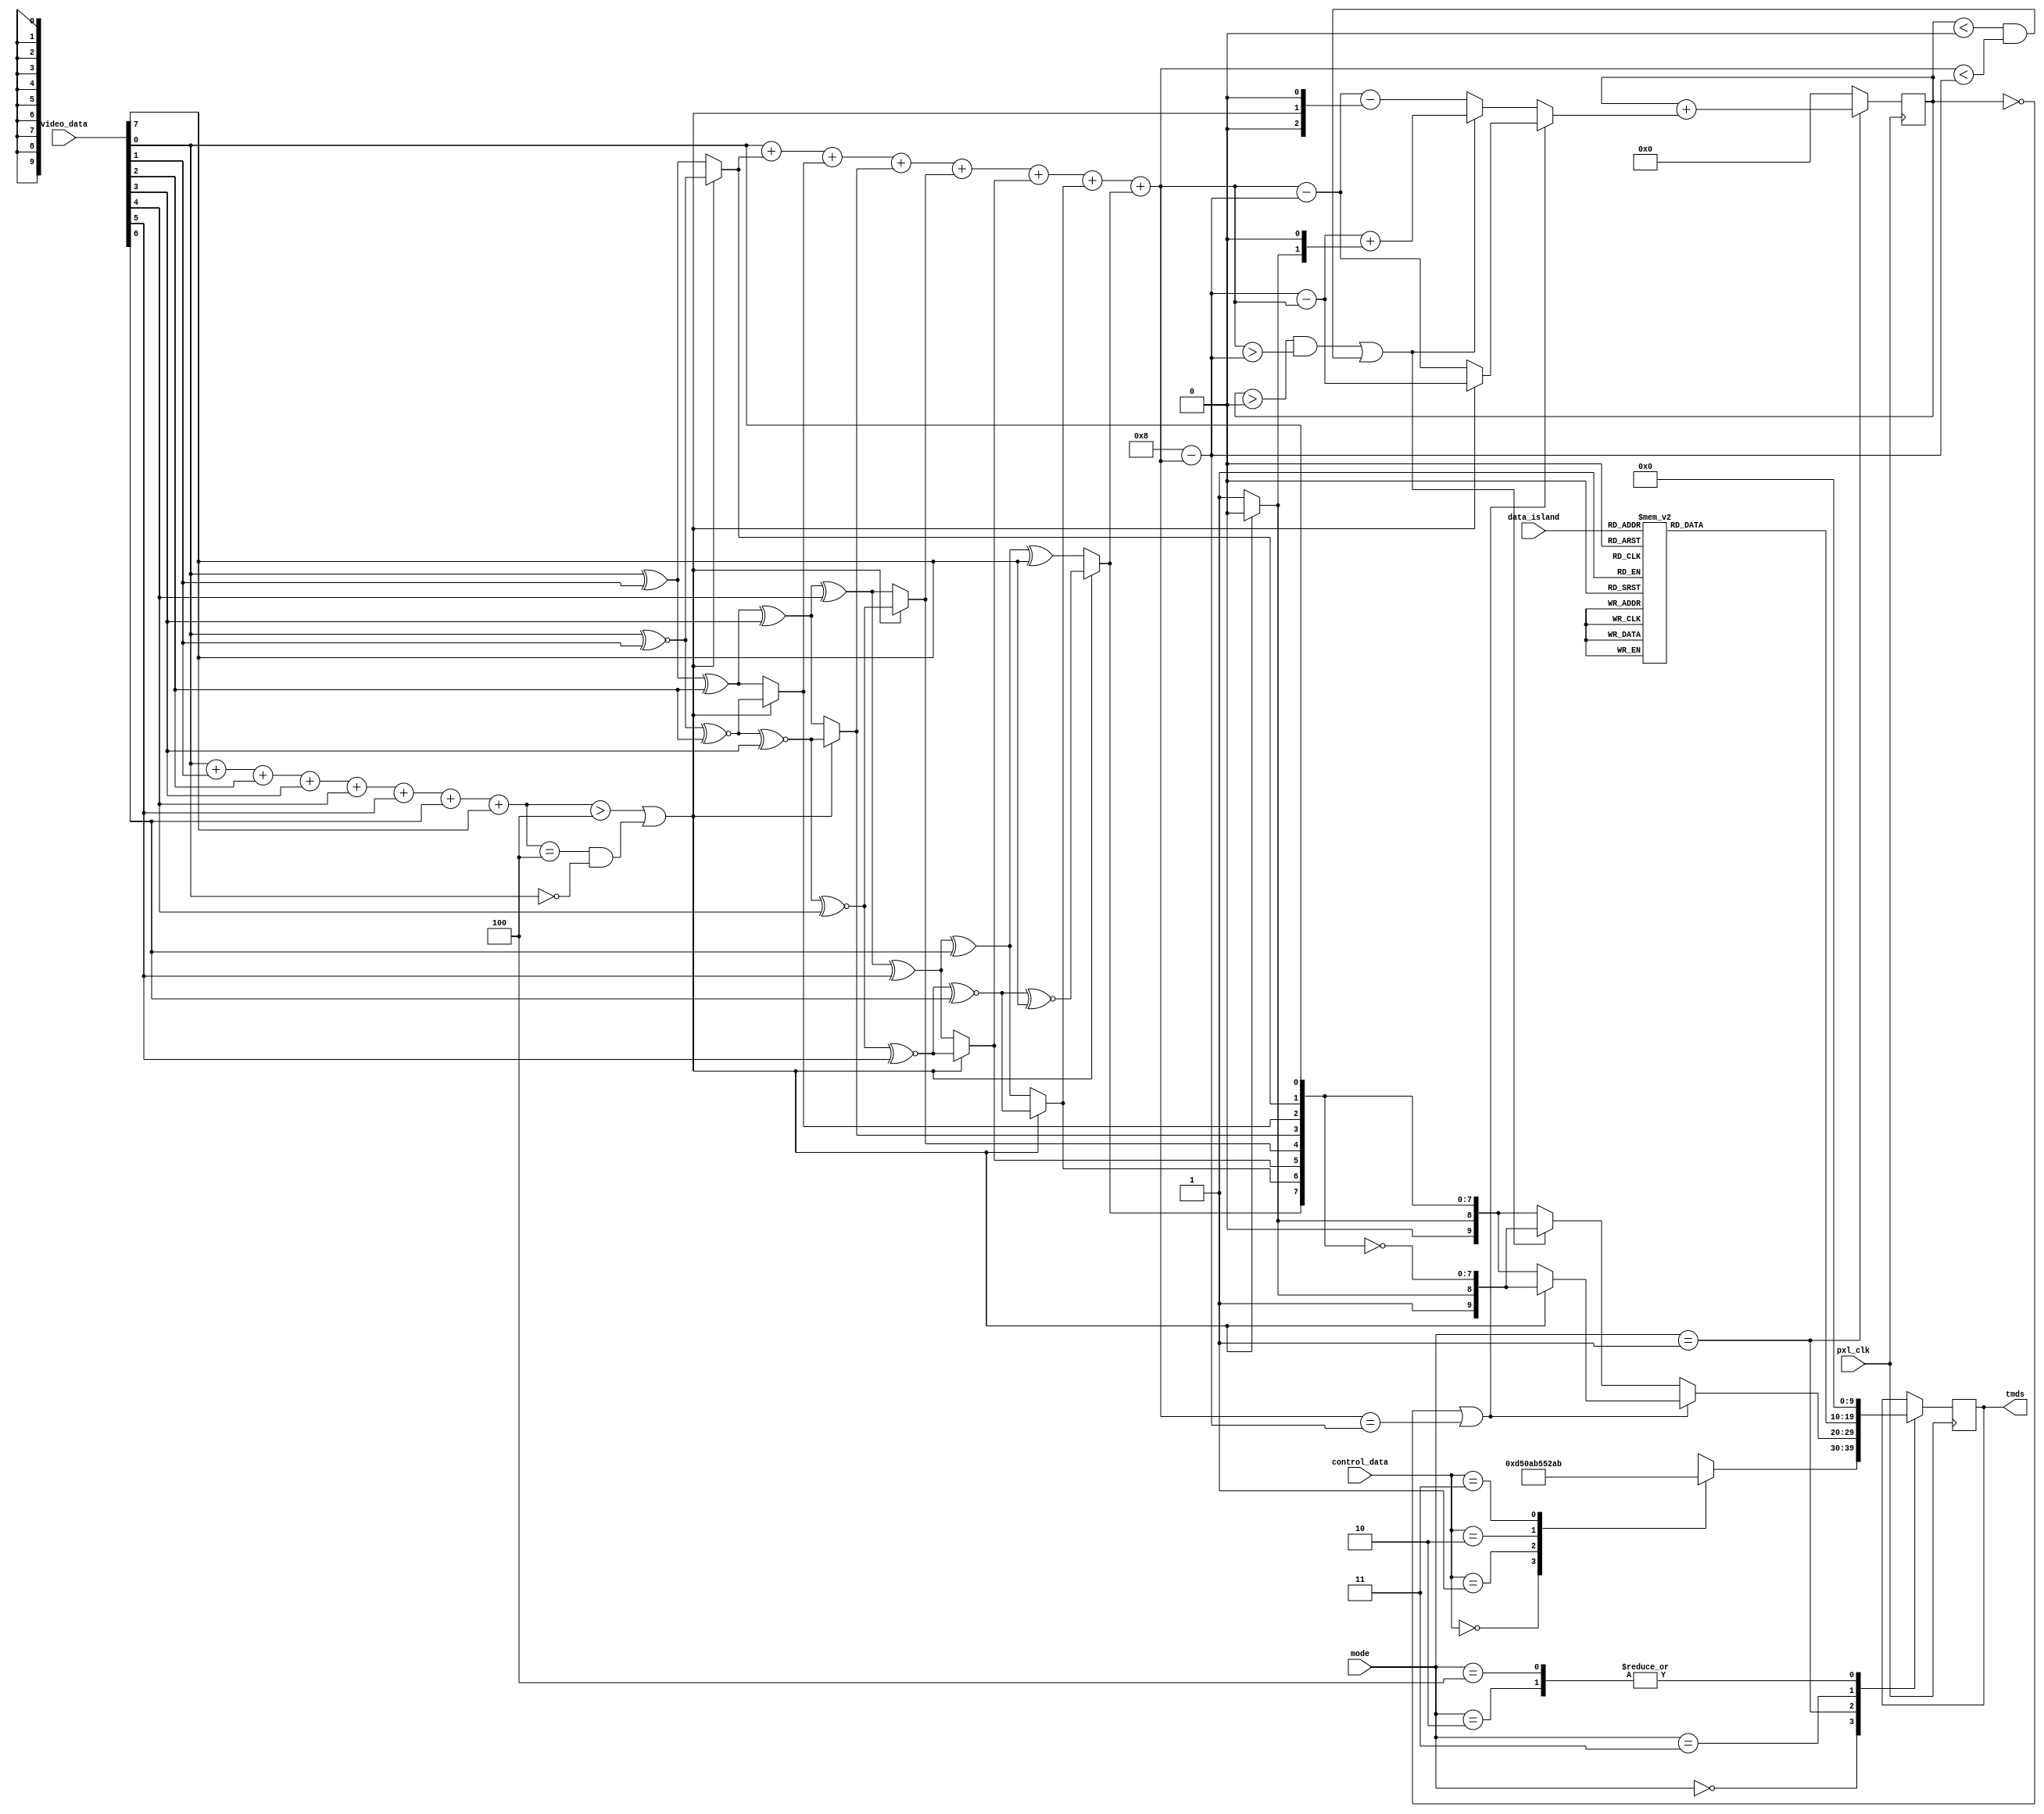
`default_nettype none

module tmds_encoder #(
    parameter CHANNEL =0    //HDMI 1.4a allows 3 types
) (
    input wire pxl_clk,
    input wire [7:0] video_data,
    input wire [3:0] data_island,
    input wire [1:0] control_data,
    input wire [2:0] mode, //0:control,1:video,2:video guard,3:island,4:island guard
    output wire [9:0] tmds
);
//Section 5.4.4.1

reg [8:0] q_m=0;    //9 bit intermediate value
reg [9:0] q_out=10'b1101010100;

wire [9:0] video_coding;
assign video_coding = q_out;

reg [3:0] N1=0;
reg signed [4:0] N1_q=0, N0_q=0;

always@(*)begin
    N1 = video_data[0]+video_data[1]+video_data[2]+video_data[3]+
        video_data[4]+video_data[5]+video_data[6]+video_data[7];
    N1_q = q_m[0]+q_m[1]+q_m[2]+q_m[3]+q_m[4]+q_m[5]+q_m[6]+q_m[7];
    N0_q = 8-N1_q;
end

reg signed [4:0] acc_add=0;
reg signed [4:0] acc=0;

integer i;
reg [1:0] debug=0;
always@(*)begin
    //intermediate encoding
    q_m[0] = video_data[0];
    if(N1 > 4'd4 || (N1==4 & video_data[0]==0))begin
        for(i=0; i<7; i=i+1)begin
            q_m[1+i] = q_m[i] ~^ video_data[i+1];
        end
        q_m[8] = 1'b0;
    end
    else begin
        for(i=0; i<7; i=i+1)begin
            q_m[1+i] = q_m[i] ^ video_data[i+1];
        end
        q_m[8] = 1'b1;
    end
    //second encoding (could be synchronous, and pipeline the other fields too?)
    if(acc==0 |  (N1_q == N0_q))begin
        if(q_m[8])begin
            debug <=0;
            q_out = {~q_m[8], q_m};
            acc_add = N1_q-N0_q;
        end
        else begin
            debug <= 1;
            q_out = {~q_m[8], q_m[8], ~q_m[7:0]};
            acc_add = N0_q-N1_q;
        end
    end
    else begin
        if(acc>0 & (N1_q>N0_q) | (acc<0 & (N1_q <N0_q)))begin
            debug <=2;
            q_out = {1'b1, q_m[8], ~q_m[7:0]};
            acc_add = $signed(N0_q-N1_q)+({3'b0,q_m[8],1'b0});  //thats qm[8]<<1
        end 
        else begin 
            debug <= 3;
            q_out = {1'b0, q_m[8:0]};
            acc_add = $signed(N1_q-N0_q)-$signed({3'd0,~q_m[8],1'b0});
        end
    end
end


always@(posedge pxl_clk)begin
    if(mode==1)
        acc <= $signed(acc)+$signed(acc_add);
    else
        acc <= 0;
end


//section 5.4.2
reg [9:0] control_coding=0;
always@(*)begin
    case(control_data)
        2'b00: control_coding = 10'b1101010100;
        2'b01: control_coding = 10'b0010101011;
        2'b10: control_coding = 10'b0101010100;
        2'b11: control_coding = 10'b1010101011;
        default: control_coding = 10'b1101010100; 
    endcase
end

//section 5.4.3, could be replaced by an lfsr...    
reg [9:0] terc4_coding=0;
always@(*)begin
    case(data_island)
        4'b0000 : terc4_coding = 10'b1010011100;
        4'b0001 : terc4_coding = 10'b1001100011;
        4'b0010 : terc4_coding = 10'b1011100100;
        4'b0011 : terc4_coding = 10'b1011100010;
        4'b0100 : terc4_coding = 10'b0101110001;
        4'b0101 : terc4_coding = 10'b0100011110;
        4'b0110 : terc4_coding = 10'b0110001110;
        4'b0111 : terc4_coding = 10'b0100111100;
        4'b1000 : terc4_coding = 10'b1011001100;
        4'b1001 : terc4_coding = 10'b0100111001;
        4'b1010 : terc4_coding = 10'b0110011100;
        4'b1011 : terc4_coding = 10'b1011000110;
        4'b1100 : terc4_coding = 10'b1010001110;
        4'b1101 : terc4_coding = 10'b1001110001;
        4'b1110 : terc4_coding = 10'b0101100011;
        4'b1111 : terc4_coding = 10'b1011000011;
        default : terc4_coding = 10'b1010011100;
    endcase
end

//section 5.2.2.1
wire [9:0] video_guard=0;
generate 
    if(CHANNEL==0 | CHANNEL==2)
        assign video_guard = 10'b1011001100;
    else
        assign video_guard = 10'b0100110011; 
endgenerate

//section 5.2.3.3
wire [9:0] data_guard=0;
generate 
    if(CHANNEL==1 | CHANNEL==2)
        assign data_guard = 10'b0100110011;
    else begin
        assign data_guard = control_data == 2'b00 ? 10'b1010001110
            : control_data == 2'b01 ? 10'b1001110001
            : control_data == 2'b10 ? 10'b0101100011
            : 10'b1011000011;
    end
endgenerate

//select mode
reg [9:0] tmds_r =0;
assign tmds = tmds_r;
always@(posedge pxl_clk)begin
    case(mode)
        3'd0: tmds_r <= control_coding;
        3'd1: tmds_r <= video_coding;
        3'd2: tmds_r <= video_guard;
        3'd3: tmds_r <= terc4_coding;
        3'd4: tmds_r <= data_guard;
    endcase
end

endmodule